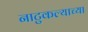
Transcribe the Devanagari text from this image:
नाटुकल्याच्या